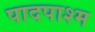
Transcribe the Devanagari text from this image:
पादपाश्म